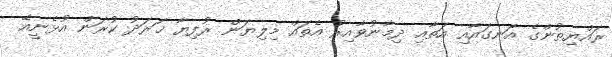
ރައްޔިތުންގެ އަނގައާއި އަތާއި ދިމާނުވާއިރު އެތައް މިލިޔަން ރުފިޔާ ޚަރަދު ކުރަން އުޅެނީއޭ